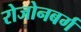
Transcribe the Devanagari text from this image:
रोजोनबर्ग